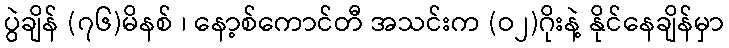
ပွဲချိန် (၇၆)မိနစ် ၊ နော့စ်ကောင်တီ အသင်းက (ဝ၂)ဂိုးနဲ့ နိုင်နေချိန်မှာ